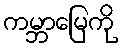
ကမ္ဘာမြေကို